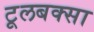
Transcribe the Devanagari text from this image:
टूलबक्सा